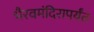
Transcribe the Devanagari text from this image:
भैरवमंदिरापर्यंत